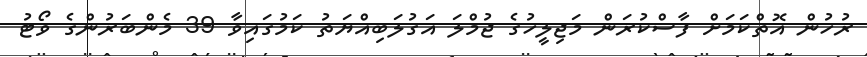
ރުހުން އޮތްކަމަށް ފާސްކުރަން މަޖިލީހުގެ ޖުމްލަ އަގުލަބިއްޔަތު ކަމުގައިވާ 39 މެންބަރުންގެ ވޯޓު